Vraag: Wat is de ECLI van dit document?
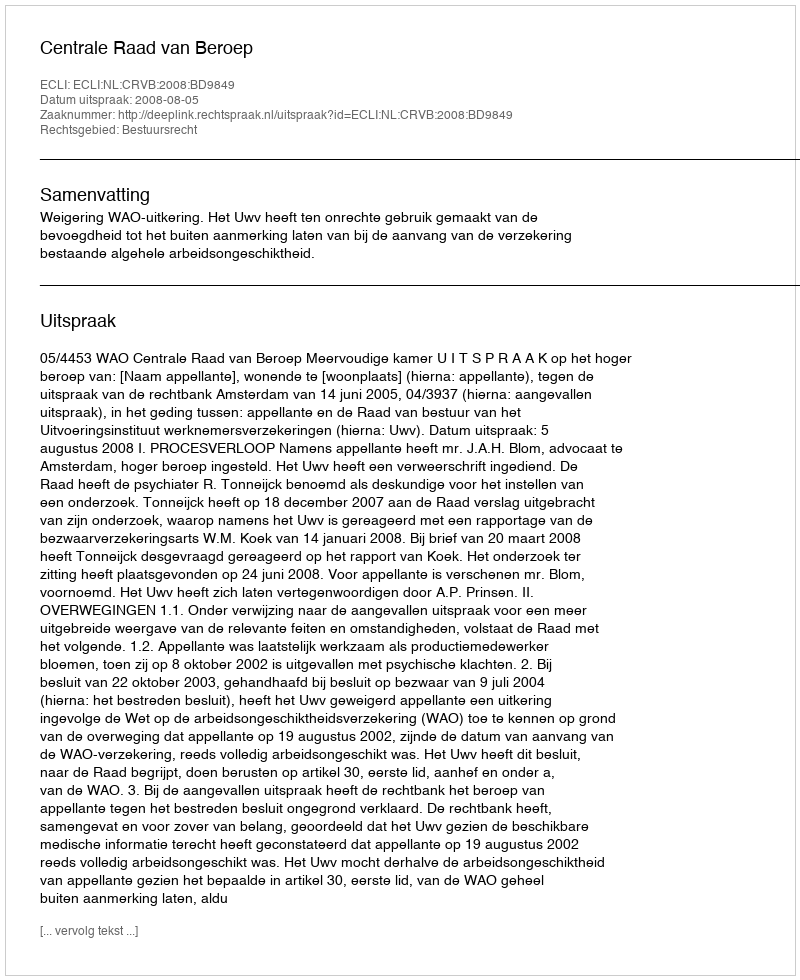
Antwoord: ECLI:NL:CRVB:2008:BD9849